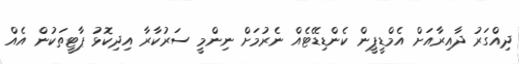
ދިއްގަރު ދާއިރާއަށް އެމްޑީޕީން ކެންޑިޑޭޓެއް ނެރުމަށް ނިންމީ ސަރުކާރާ އިދިކޮޅު ޕާޓީތަކުން އެއް